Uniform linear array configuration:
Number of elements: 24
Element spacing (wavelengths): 0.25
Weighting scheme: kaiser
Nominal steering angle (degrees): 15
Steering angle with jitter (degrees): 15.409
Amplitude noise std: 0.05
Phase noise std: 0.05

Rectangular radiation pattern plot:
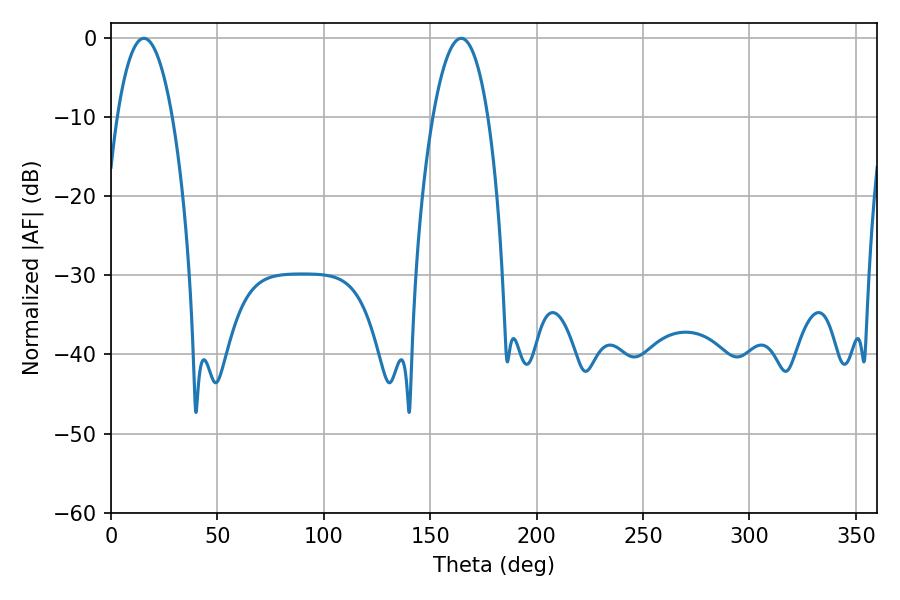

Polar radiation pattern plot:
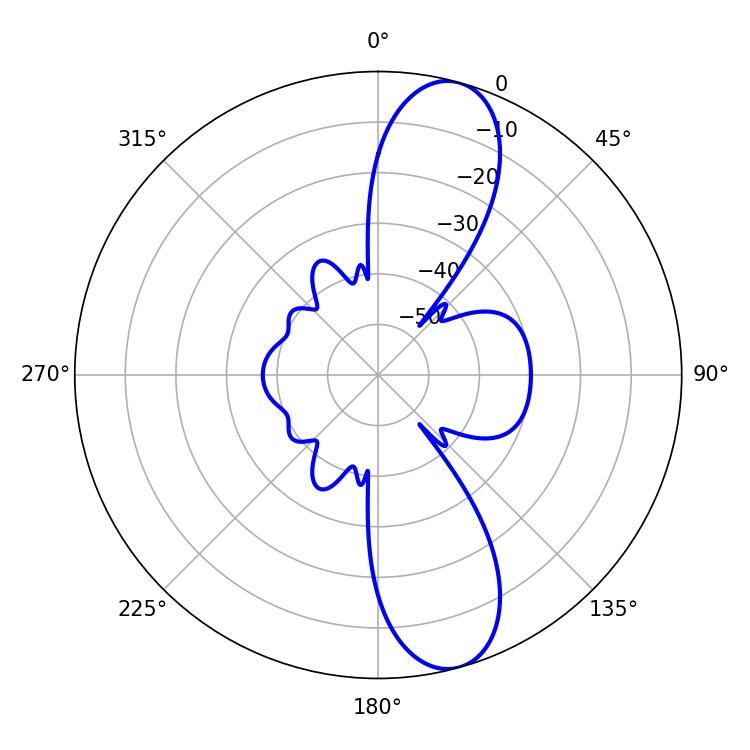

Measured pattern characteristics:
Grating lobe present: FALSE
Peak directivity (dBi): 11.413
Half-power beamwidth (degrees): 14.4
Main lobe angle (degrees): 15.48